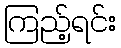
ကြည့်ရင်း